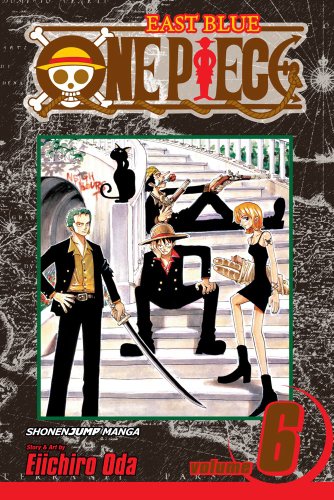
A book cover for One Piece, Vol. 6: The Oath; Eiichiro Oda; Comics & Graphic Novels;